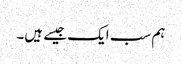
ہم سب ایک جیسے ہیں۔